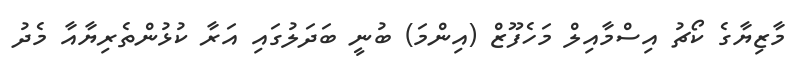
މާޒިޔާގެ ކޯޗު އިސްމާއިލް މަހެފޫޒް (އިންމަ) ބުނީ ބަދަލުގައި އަރާ ކުޅުންތެރިޔާއާ މެދު